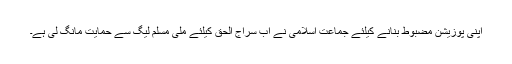
اپنی پوزیشن مضبوط بنانے کیلئے جماعت اسلامی نے اب سراج الحق کیلئے ملی مسلم لیگ سے حمایت مانگ لی ہے۔